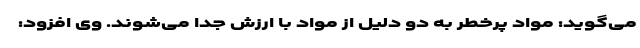
می‌گوید: مواد پرخطر به دو دلیل از مواد با ارزش جدا می‌شوند. وی افزود: